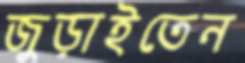
জুড়াইতেন